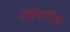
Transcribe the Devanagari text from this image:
पेडीयाट्रिक